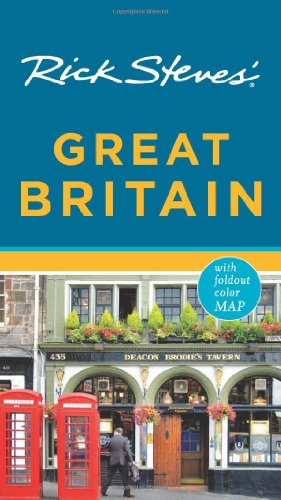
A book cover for Rick Steves' Great Britain; Rick Steves; History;